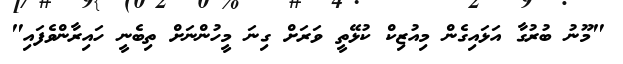
"މޫނު ބުރުގާ އަޅައިގެން މިއުޒިކް ކުޅޭތީ ވަރަށް ގިނަ މީހުންނަށް ތިބެނީ ހައިރާންވެފައި"